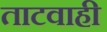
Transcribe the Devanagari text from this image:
ताटवाही